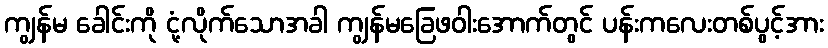
ကျွန်မ ခေါင်းကို ငုံ့လိုက်သောအခါ ကျွန်မခြေဖဝါးအောက်တွင် ပန်းကလေးတစ်ပွင့်အား